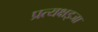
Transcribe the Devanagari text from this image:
प्रत्यक्षइजा